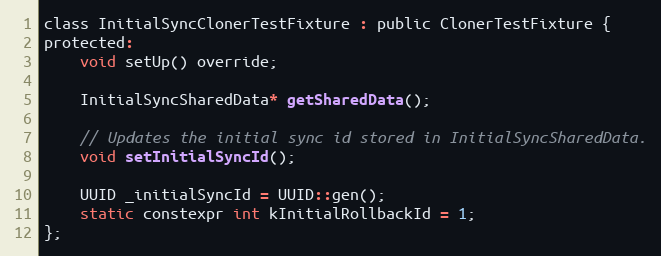
Language: C
class InitialSyncClonerTestFixture : public ClonerTestFixture {
protected:
    void setUp() override;

    InitialSyncSharedData* getSharedData();

    // Updates the initial sync id stored in InitialSyncSharedData.
    void setInitialSyncId();

    UUID _initialSyncId = UUID::gen();
    static constexpr int kInitialRollbackId = 1;
};